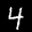
Digit: 4